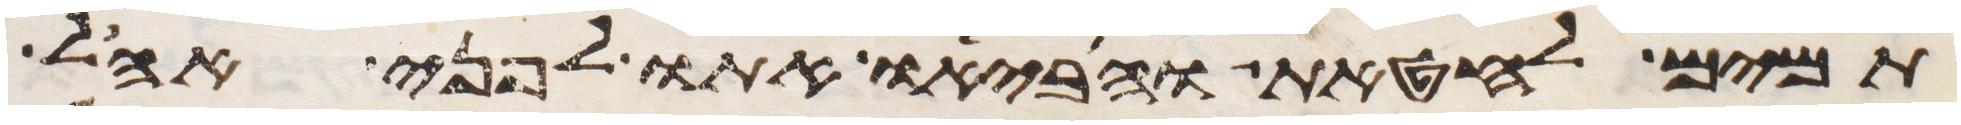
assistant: תמים לחטאת והביאו אתו לפני אהל